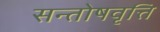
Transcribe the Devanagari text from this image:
सन्तोषवृत्ति